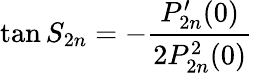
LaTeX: \tan S_{2n}=-\frac{P_{2n}^{\prime}(0)}{2P_{2n}^{2}(0)}